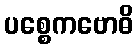
ပစ္စေကဗောဓိ